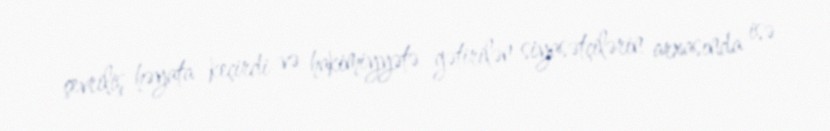
çevriliş həyata keçirdi və hakimiyyətə gətirilən siyasətçilərin arxasında isə